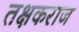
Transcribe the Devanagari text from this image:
तक्षकराज